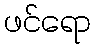
ဖင်ရော